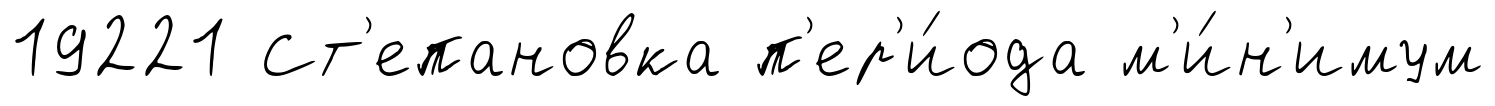
19221 Ст'епановка п'ер'и́ода м'и́н'имум